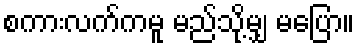
စကားလက်ကမူ မည်သို့မျှ မပြော။